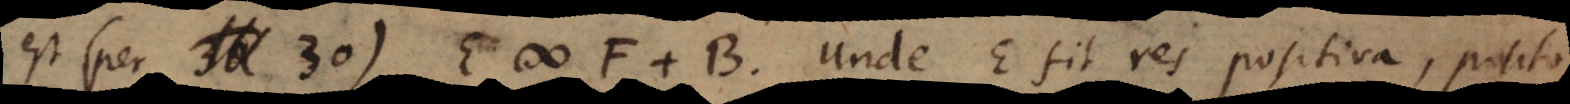
est (per 30) E # F + B. Unde E fit res positiva, posito